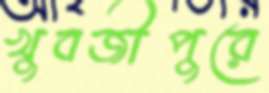
খুবজীপুরে